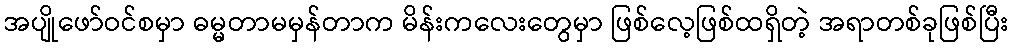
အပျိုဖော်ဝင်စမှာ ဓမ္မတာမမှန်တာက မိန်းကလေးတွေမှာ ဖြစ်လေ့ဖြစ်ထရှိတဲ့ အရာတစ်ခုဖြစ်ပြီး